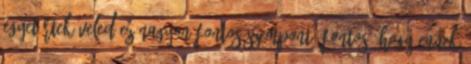
egyetértek veled ez nagyon fontos szempont. Fontos, hogy ennek